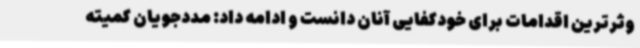
وثرترین اقدامات برای خودکفایی آنان دانست و ادامه داد: مددجویان کمیته